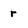
Character: r